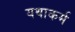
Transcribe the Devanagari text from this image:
यथाकर्म